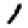
Digit: 1